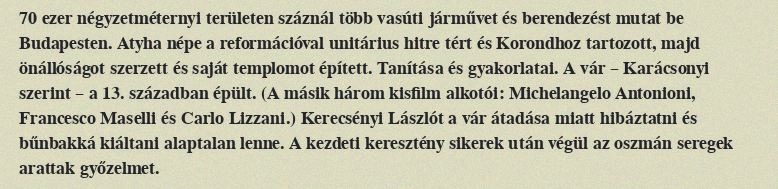
70 ezer négyzetméternyi területen száznál több vasúti járművet és berendezést mutat be Budapesten. Atyha népe a reformációval unitárius hitre tért és Korondhoz tartozott, majd önállóságot szerzett és saját templomot épített. Tanítása és gyakorlatai. A vár – Karácsonyi szerint – a 13. században épült. (A másik három kisfilm alkotói: Michelangelo Antonioni, Francesco Maselli és Carlo Lizzani.) Kerecsényi Lászlót a vár átadása miatt hibáztatni és bűnbakká kiáltani alaptalan lenne. A kezdeti keresztény sikerek után végül az oszmán seregek arattak győzelmet.